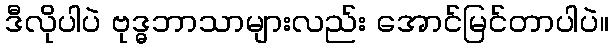
ဒီလိုပါပဲ ဗုဒ္ဓဘာသာများလည်း အောင်မြင်တာပါပဲ။